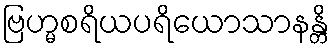
ဗြဟ္မစရိယပရိယောသာနန္တိ